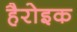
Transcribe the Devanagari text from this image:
हैरोइक